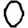
Digit: 0